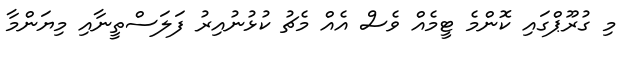
މި ގުރޫޕްގައި ކޮންމެ ޓީމެއް ވެސް އެއް މެޗު ކުޅުނުއިރު ފަލަސްތީނާއި މިޔަންމާ